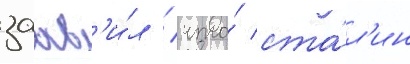
заав'и́л / что́ ста́л'ин